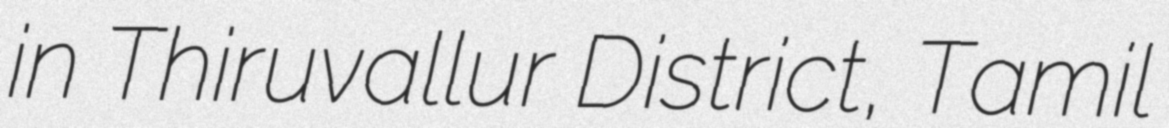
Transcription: in Thiruvallur District, Tamil